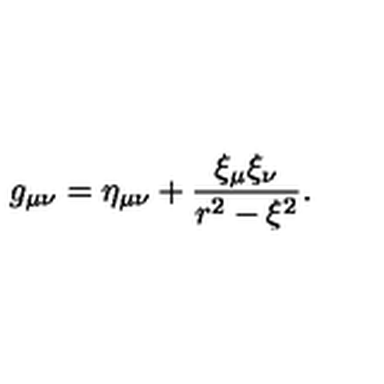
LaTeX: g _ { \mu \nu } = \eta _ { \mu \nu } + \frac { \xi _ { \mu } \xi _ { \nu } } { r ^ { 2 } - \xi ^ { 2 } } .